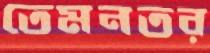
তেমনতর